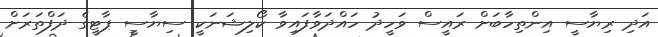
އަދި ރިޔާސީ އިންތިހާބަށް ރައީސް ވަހީދު ހައްދަވާފައިވާ ކޯލިޝަނަކީ ސިޔާސީ ޕާޓީގެ ދަފްތަރަށް